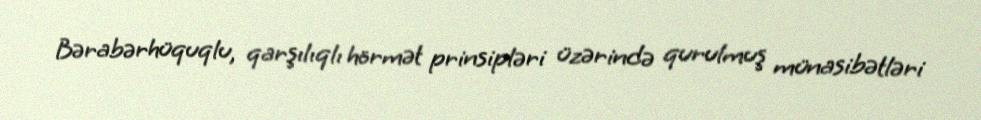
Bərabərhüquqlu, qarşılıqlı hörmət prinsipləri üzərində qurulmuş münasibətləri